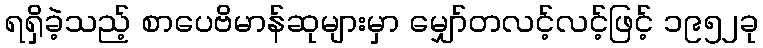
ရရှိခဲ့သည့် စာပေဗိမာန်ဆုများမှာ မျှော်တလင့်လင့်ဖြင့် ၁၉၅၂ခု